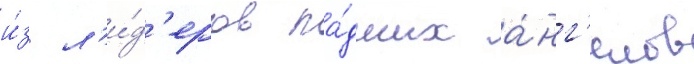
и́з л'и́д'еров па́дших а́нг'елов